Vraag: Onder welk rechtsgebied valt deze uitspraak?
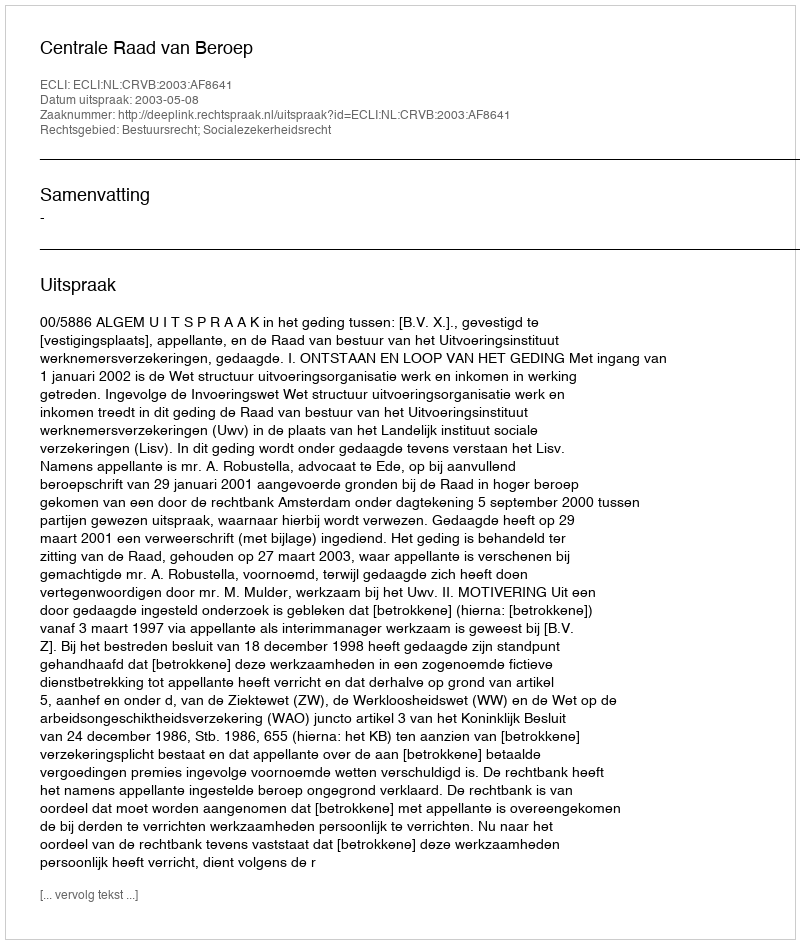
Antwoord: Bestuursrecht; Socialezekerheidsrecht